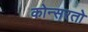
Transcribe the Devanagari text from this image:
कोन्सरतो